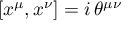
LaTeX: [ x ^ { \mu } , x ^ { \nu } ] = i \, \theta ^ { \mu \nu }